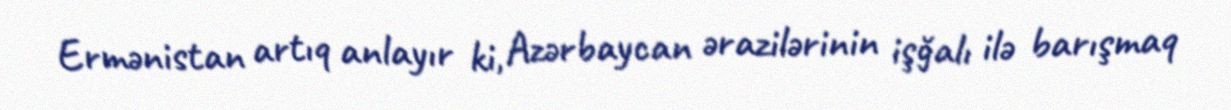
Ermənistan artıq anlayır ki, Azərbaycan ərazilərinin işğalı ilə barışmaq